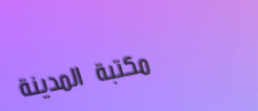
مكتبة المدينة